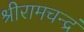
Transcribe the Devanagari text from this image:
श्रीरामचन्द्रं